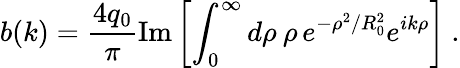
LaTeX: b(k)={\frac{4q_{0}}{\pi}}\mathrm{Im}\left[\int_{0}^{\infty}d\rho\: \rho\, e^{-\rho^{2}/R_{0}^{2}}e^{ik\rho}\right]~.